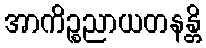
အာကိဉ္စညာယတနန္တိ